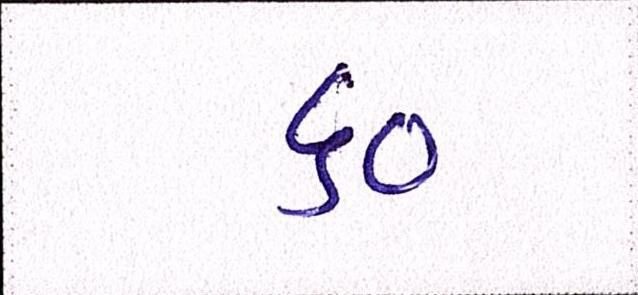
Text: ૬૦